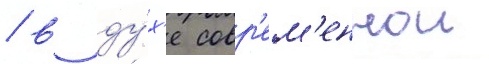
/ в ду́х'е совр'ем'еннои